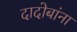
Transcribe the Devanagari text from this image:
दादोबांना